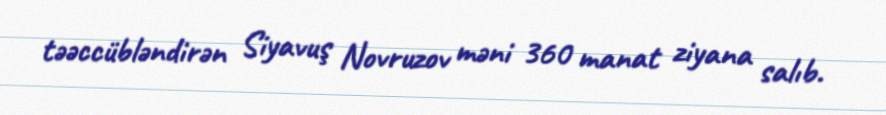
təəccübləndirən Siyavuş Novruzov məni 360 manat ziyana salıb.